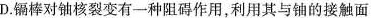
D. 镉棒对铀核裂变有一种阻碍作用，利用其与轴的接触面